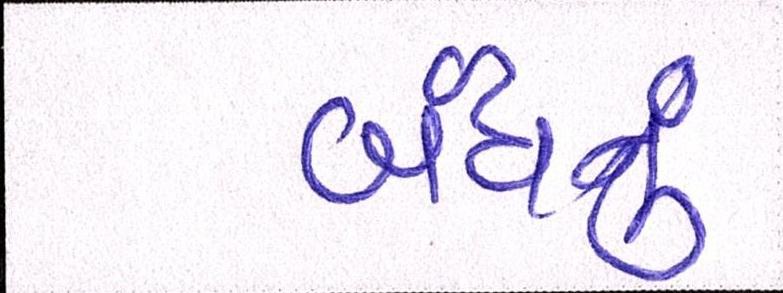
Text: બંધનું